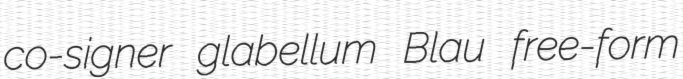
co-signer glabellum Blau free-form